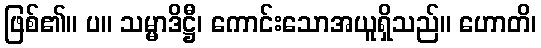
ဖြစ်၏။ ပ။ သမ္မာဒိဋ္ဌီ၊ ကောင်းသောအယူရှိသည်။ ဟောတိ၊